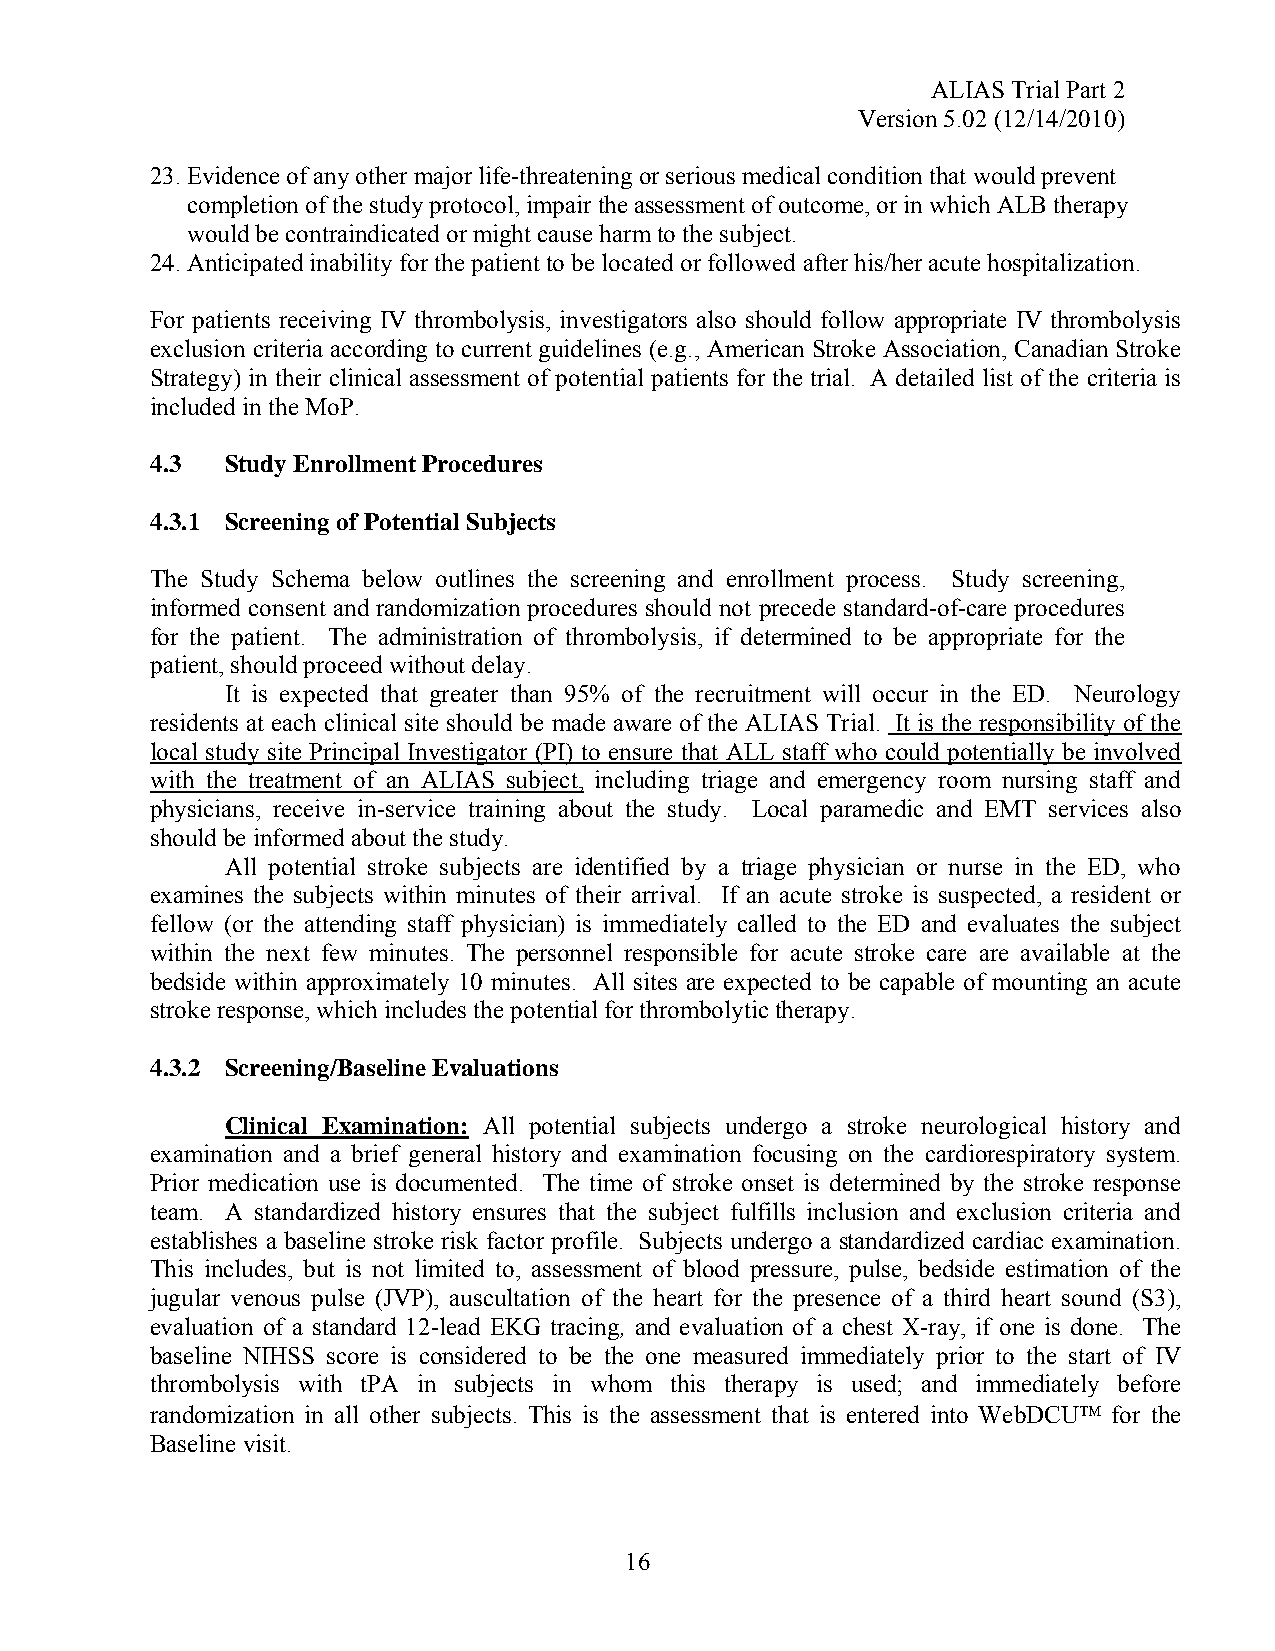
ALIAS Trial Part 2
 Version 5.02 (12/14/2010)
 23. Evidence of any other major life-threatening or serious medical condition that would prevent
 completion of the study protocol, impair the assessment of outcome, or in which ALB therapy
 would be contraindicated or might cause harm to the subject.
 24. Anticipated inability for the patient to be located or followed after his/her acute hospitalization.
 For patients receiving IV thrombolysis, investigators also should follow appropriate IV thrombolysis
 exclusion criteria according to current guidelines (e.g., American Stroke Association, Canadian Stroke
 Strategy) in their clinical assessment of potential patients for the trial. A detailed list of the criteria is
 included in the MoP.
 4.3  Study Enrollment Procedures
 4.3.1 Screening of Potential Subjects
 The Study Schema below outlines the screening and enrollment process. Study screening,
 informed consent and randomization procedures should not precede standard-of-care procedures
 for the patient. The administration of thrombolysis, if determined to be appropriate for the
 patient, should proceed without delay.
 It is expected that greater than 95% of the recruitment will occur in the ED. Neurology
 residents at each clinical site should be made aware of the ALIAS Trial. It is the responsibility of the
 local study site Principal Investigator (PI) to ensure that ALL staff who could potentially be involved
 with the treatment of an ALIAS subject, including triage and emergency room nursing staff and
 physicians, receive in-service training about the study. Local paramedic and EMT services also
 should be informed about the study.
 All potential stroke subjects are identified by a triage physician or nurse in the ED, who
 examines the subjects within minutes of their arrival. If an acute stroke is suspected, a resident or
 fellow (or the attending staff physician) is immediately called to the ED and evaluates the subject
 within the next few minutes. The personnel responsible for acute stroke care are available at the
 bedside within approximately 10 minutes. All sites are expected to be capable of mounting an acute
 stroke response, which includes the potential for thrombolytic therapy.
 4.3.2 Screening/Baseline Evaluations
 Clinical Examination: All potential subjects undergo a stroke neurological history and
 examination and a brief general history and examination focusing on the cardiorespiratory system.
 Prior medication use is documented. The time of stroke onset is determined by the stroke response
 team. A standardized history ensures that the subject fulfills inclusion and exclusion criteria and
 establishes a baseline stroke risk factor profile. Subjects undergo a standardized cardiac examination.
 This includes, but is not limited to, assessment of blood pressure, pulse, bedside estimation of the
 jugular venous pulse (JVP), auscultation of the heart for the presence of a third heart sound (S3),
 evaluation of a standard 12-lead EKG tracing, and evaluation of a chest X-ray, if one is done. The
 baseline NIHSS score is considered to be the one measured immediately prior to the start of IV
 thrombolysis with tPA in subjects in whom this therapy is used; and immediately before
 randomization in all other subjects. This is the assessment that is entered into WebDCU™ for the
 Baseline visit.
 16